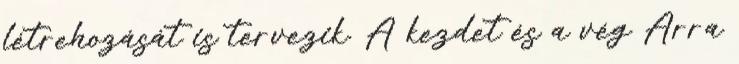
létrehozását is tervezik. A kezdet és a vég Arra